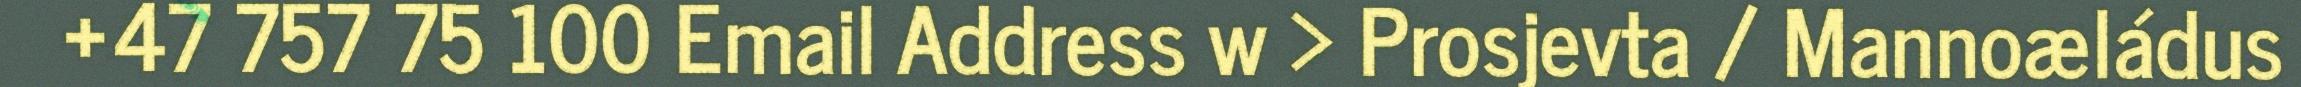
+47 757 75 100 Email Address w > Prosjevta / Mannoæládus